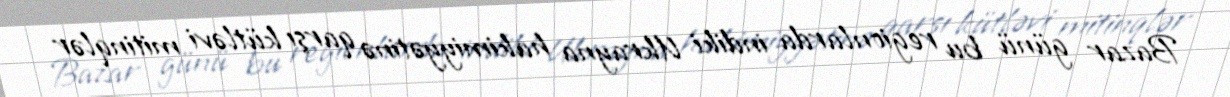
Bazar günü bu regionlarda indiki Ukrayna hakimiyyətinə qarşı kütləvi mitinqlər